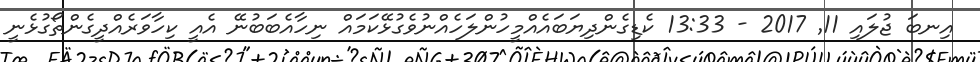
އިނބަ ޖުލައި 11